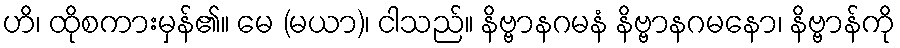
ဟိ၊ ထိုစကားမှန်၏။ မေ (မယာ)၊ ငါသည်။ နိဗ္ဗာနဂမနံ နိဗ္ဗာနဂမနော၊ နိဗ္ဗာန်ကို